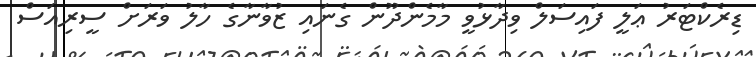
ޑިރެކްޓަރު ޢަލީ ފައިސަލް ވިދާޅުވީ މާމެންދޫން ގެނައި ޒުވާނާގެ ހާލު ވަރަށް ސީރިއަސް